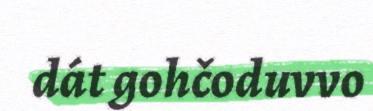
dát gohčoduvvo